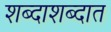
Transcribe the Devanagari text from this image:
शब्दाशब्दात